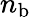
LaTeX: n_{\mathrm{b}}